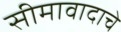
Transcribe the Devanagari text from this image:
सीमावादाचे